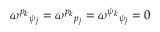
\omega ^ { p _ { k } } { } _ { \psi _ { j } } = \omega ^ { p _ { k } } { } _ { p _ { j } } = \omega ^ { \psi _ { k } } { } _ { \psi _ { j } } = 0